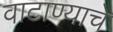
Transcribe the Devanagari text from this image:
वाटाण्याचे